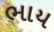
ભાય